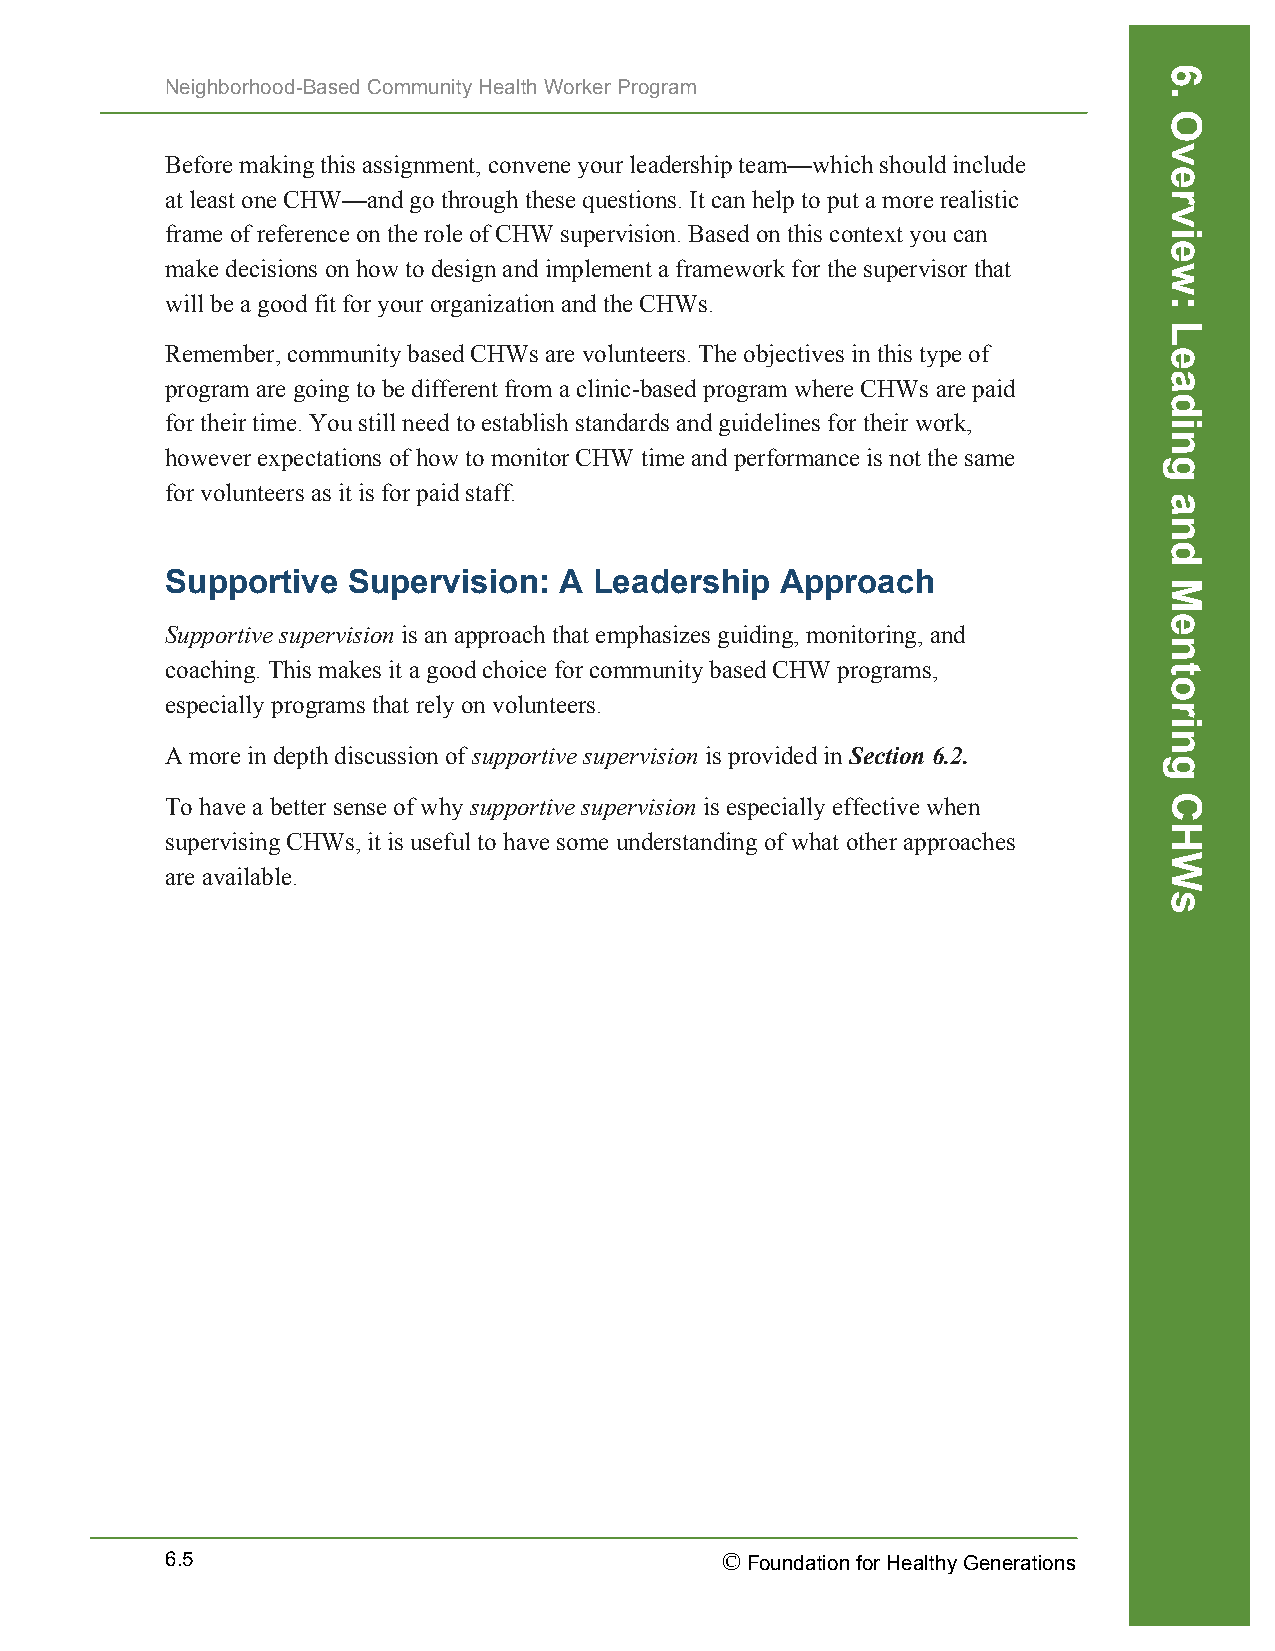
Neighborhood-Based Community Health Worker Program
 Before making this assignment, convene your leadership team—which should include
 at least one CHW—and go through these questions. It can help to put a more realistic
 frame of reference on the role of CHW supervision. Based on this context you can
 make decisions on how to design and implement a framework for the supervisor that
 will be a good fit for your organization and the CHWs.
 Remember, community based CHWs are volunteers. The objectives in this type of
 program are going to be different from a clinic-based program where CHWs are paid
 for their time. You still need to establish standards and guidelines for their work,
 however expectations of how to monitor CHW time and performance is not the same
 for volunteers as it is for paid staff.
 Supportive  Supervision:  A Leadership   Approach
 Supportive supervision is an approach that emphasizes guiding, monitoring, and
 coaching. This makes it a good choice for community based CHW programs,
 especially programs that rely on volunteers.
 A more in depth discussion of supportive supervision is provided in Section 6.2.
 To have a better sense of why supportive supervision is especially effective when
 supervising CHWs, it is useful to have some understanding of what other approaches
 are available.
 6.5                                  © Foundation for Healthy Generations
 6.
 Overview:
 Leading
 and
 Mentoring
 CHWs